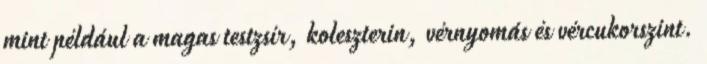
mint például a magas testzsír, koleszterin, vérnyomás és vércukorszint.